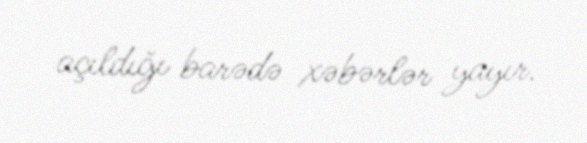
açıldığı barədə xəbərlər yayır.